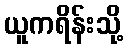
ယူကရိန်းသို့